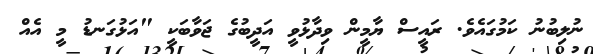
ނުލިބުނު ކަމުގައެވެ. ރައީސް ޔާމީން ވިދާޅުވީ އަދީބުގެ ޖަވާބަކީ "އަޅުގަނޑު މީ އެއް